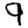
Digit: 9